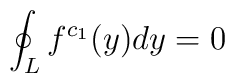
\oint_{L} f^{c_{1}}(y) dy = 0